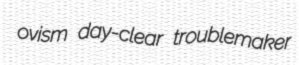
ovism day-clear troublemaker